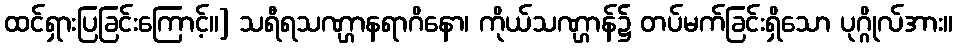
ထင်ရှားပြခြင်းကြောင့်။] သရီရသဏ္ဌာနရာဂိနော၊ ကိုယ်သဏ္ဌာန်၌ တပ်မက်ခြင်းရှိသော ပုဂ္ဂိုလ်အား။